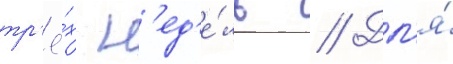
тр'ё́х н'ед'е́ль // Дл'я́